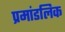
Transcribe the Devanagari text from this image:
प्रमांडलिक